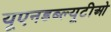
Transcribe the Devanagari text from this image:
यूएनडब्ल्यूटीओ